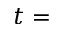
t =